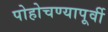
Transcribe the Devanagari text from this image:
पोहोचण्यापूर्वी